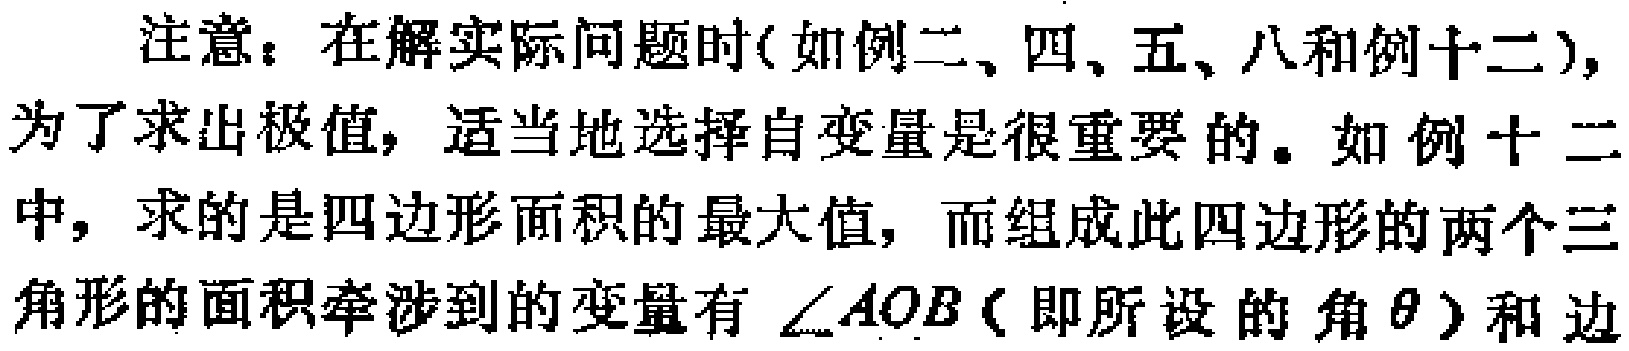
注意：在解实际问题时(如例二、四、五、八和例十二), 为了求出极值, 适当地选择自变量是很重要的。如例十二中, 求的是四边形面积的最大值, 而组成此四边形的两个三角形的面积牵涉到的变量有$\angle AOB$（即所设的角$\theta$）和边